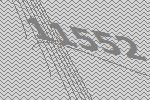
11552